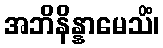
အဘိနိန္နာမေသိံ၊